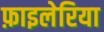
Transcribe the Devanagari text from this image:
फ़ाइलेरिया